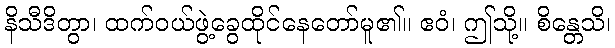
နိသီဒိတွာ၊ ထက်ဝယ်ဖွဲ့ခွေထိုင်နေတော်မူ၏။ ဧဝံ၊ ဤသို့။ စိန္တေသိ၊